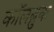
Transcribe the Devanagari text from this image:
कॉलब्रुक